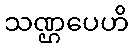
သဏ္ဌပေဟိ